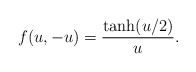
\begin{align*}f(u,-u) = {\tanh(u/2)\over u}.\end{align*}